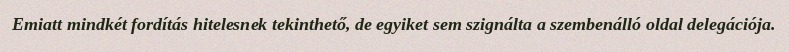
Emiatt mindkét fordítás hitelesnek tekinthető, de egyiket sem szignálta a szembenálló oldal delegációja.